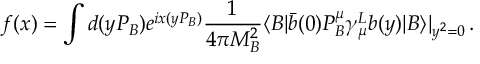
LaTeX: f ( x ) = \int d ( y P _ { B } ) e ^ { i x ( y P _ { B } ) } \frac { 1 } { 4 \pi M _ { B } ^ { 2 } } \langle B | \bar { b } ( 0 ) P _ { B } ^ { \mu } \gamma _ { \mu } ^ { L } b ( y ) | B \rangle | _ { y ^ { 2 } = 0 } \, .